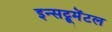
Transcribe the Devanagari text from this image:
इन्सट्रूमेंटल